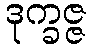
ဒုက္ခဇ္ဇ